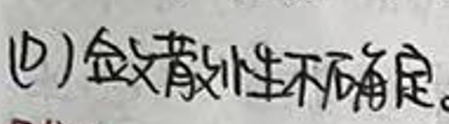
(1) 敛散性不确定